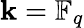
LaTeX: \mathbf{k}=\mathbb{{F}}_{q}